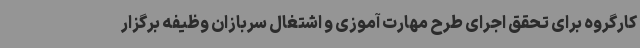
کارگروه برای تحقق اجرای طرح مهارت آموزی و اشتغال سربازان وظیفه برگزار